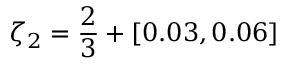
\zeta _ { 2 } = \frac { 2 } { 3 } + [ 0 . 0 3 , 0 . 0 6 ]